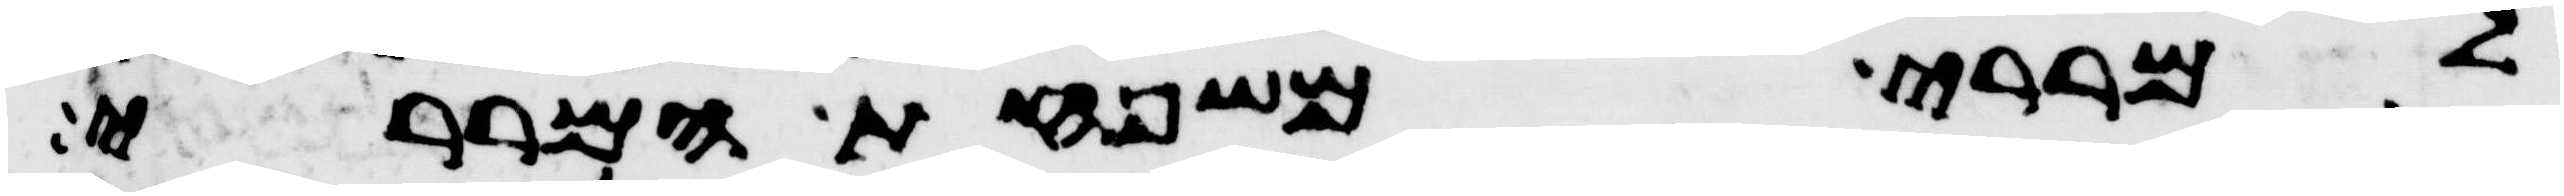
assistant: למררי משפחת המררי